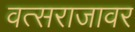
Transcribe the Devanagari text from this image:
वत्सराजावर